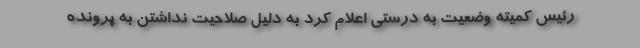
رئیس کمیته وضعیت به درستی اعلام کرد به دلیل صلاحیت نداشتن به پرونده